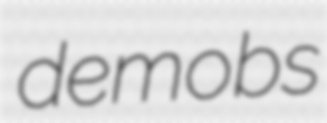
demobs